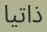
ذاتيا